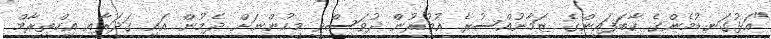
"އަޅުގަނޑުމެންގެ ކާބަފައިންގެ ޒަމާނުއްސުރެ އުމުރުން ދުވަސްވީ މީހުންނަށް ދެމުން އައި ގަދަރާއި އިހްތިރާމް